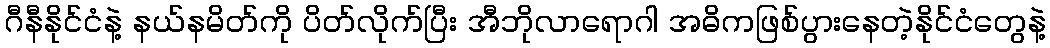
ဂီနီနိုင်ငံနဲ့ နယ်နမိတ်ကို ပိတ်လိုက်ပြီး အီဘိုလာရောဂါ အဓိကဖြစ်ပွားနေတဲ့နိုင်ငံတွေနဲ့